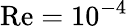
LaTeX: \textrm{Re}=10^{-4}